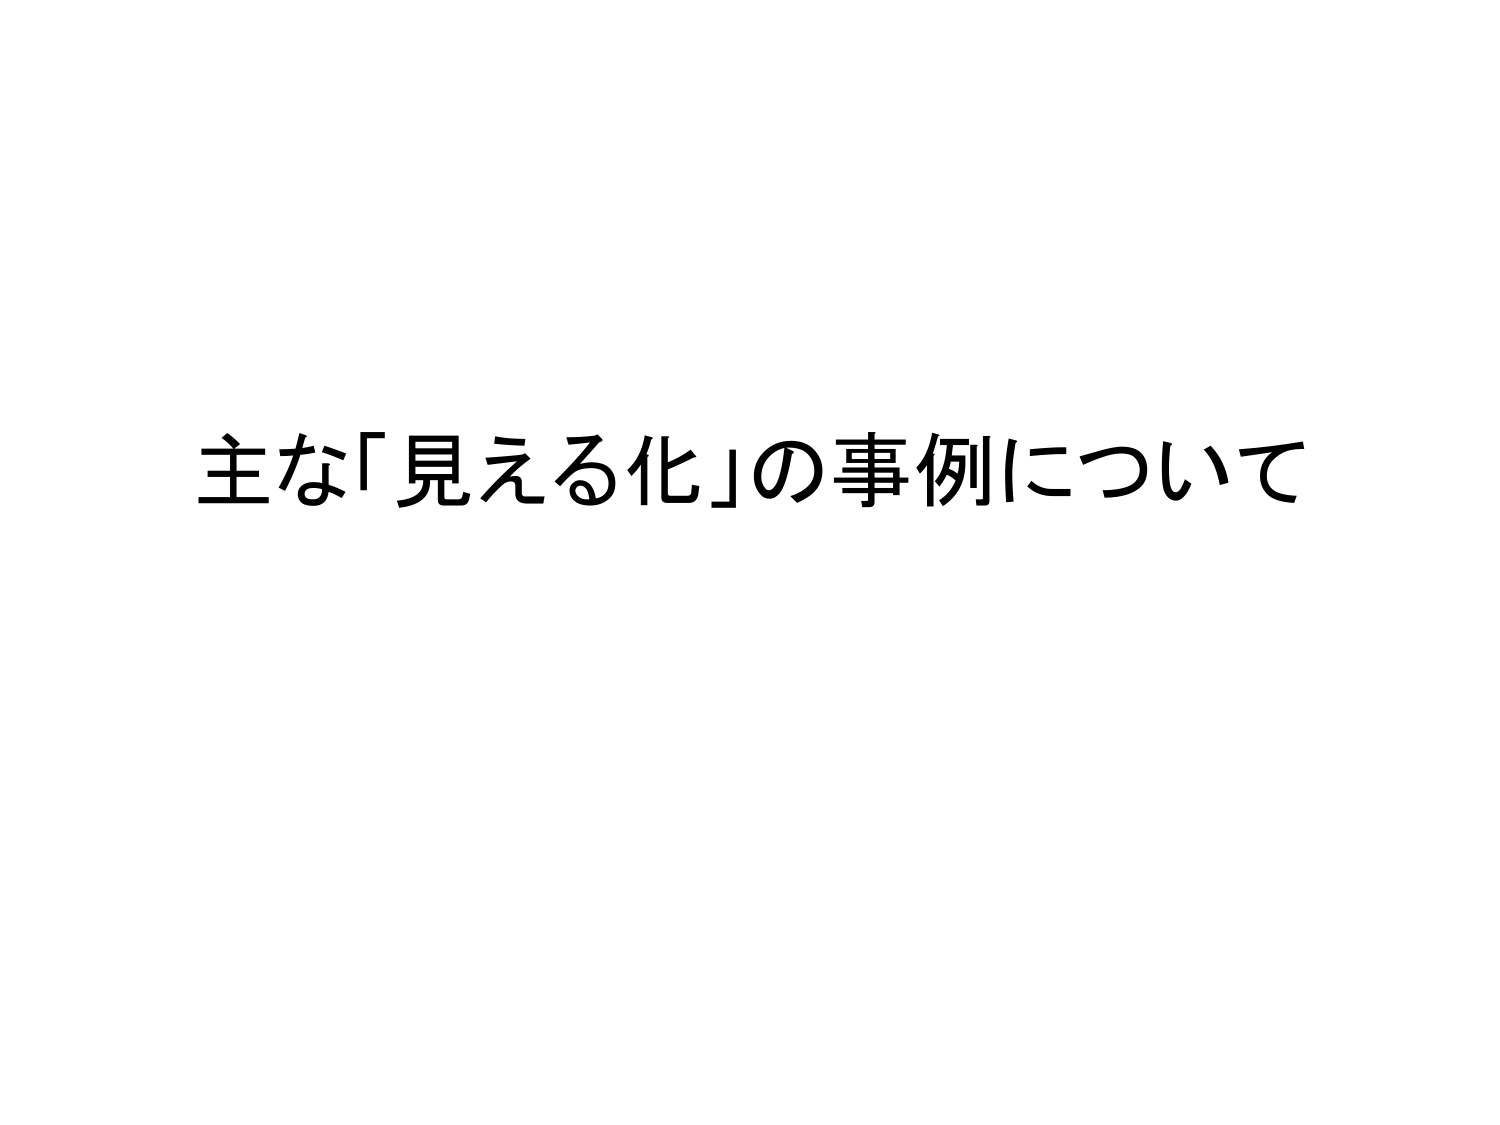
主な「見える化」の事例について